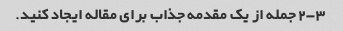
2-3 جمله از یک مقدمه جذاب برای مقاله ایجاد کنید.